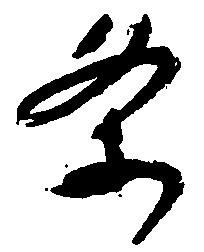
条